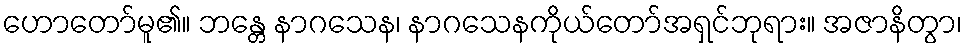
ဟောတော်မူ၏။ ဘန္တေ နာဂသေန၊ နာဂသေနကိုယ်တော်အရှင်ဘုရား။ အဇာနိတွာ၊